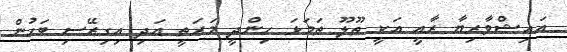
އައިޝްވާރިޔާ ރާއީ އަކީ ތޫލޫ ތަމަޅަ ހިންދީ މަރަތީ އަދި އިގިރޭސި ބަހުން